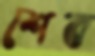
শেব